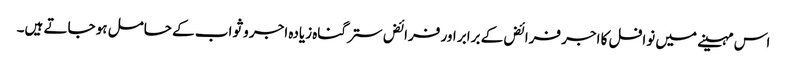
اس مہینے میں نوافل کا اجر فرائض کے برابر اور فرائض ستر گناہ زیادہ اجر و ثواب کے حامل ہو جاتے ہیں۔